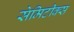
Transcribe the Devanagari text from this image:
सेमिटीक्स